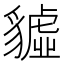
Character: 𧴆